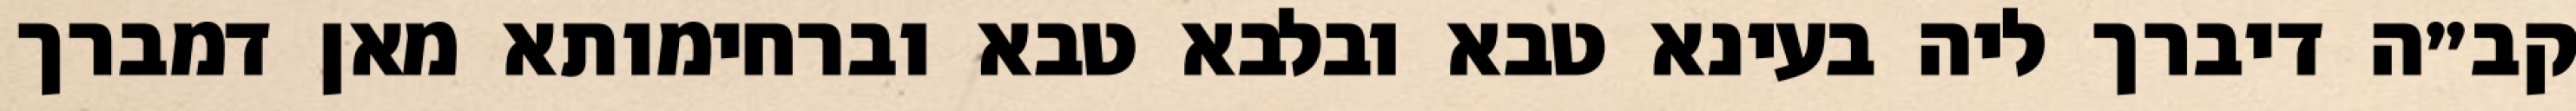
קב״ה דיברך ליה בעינא טבא ובלבא טבא וברחימותא מאן דמברך